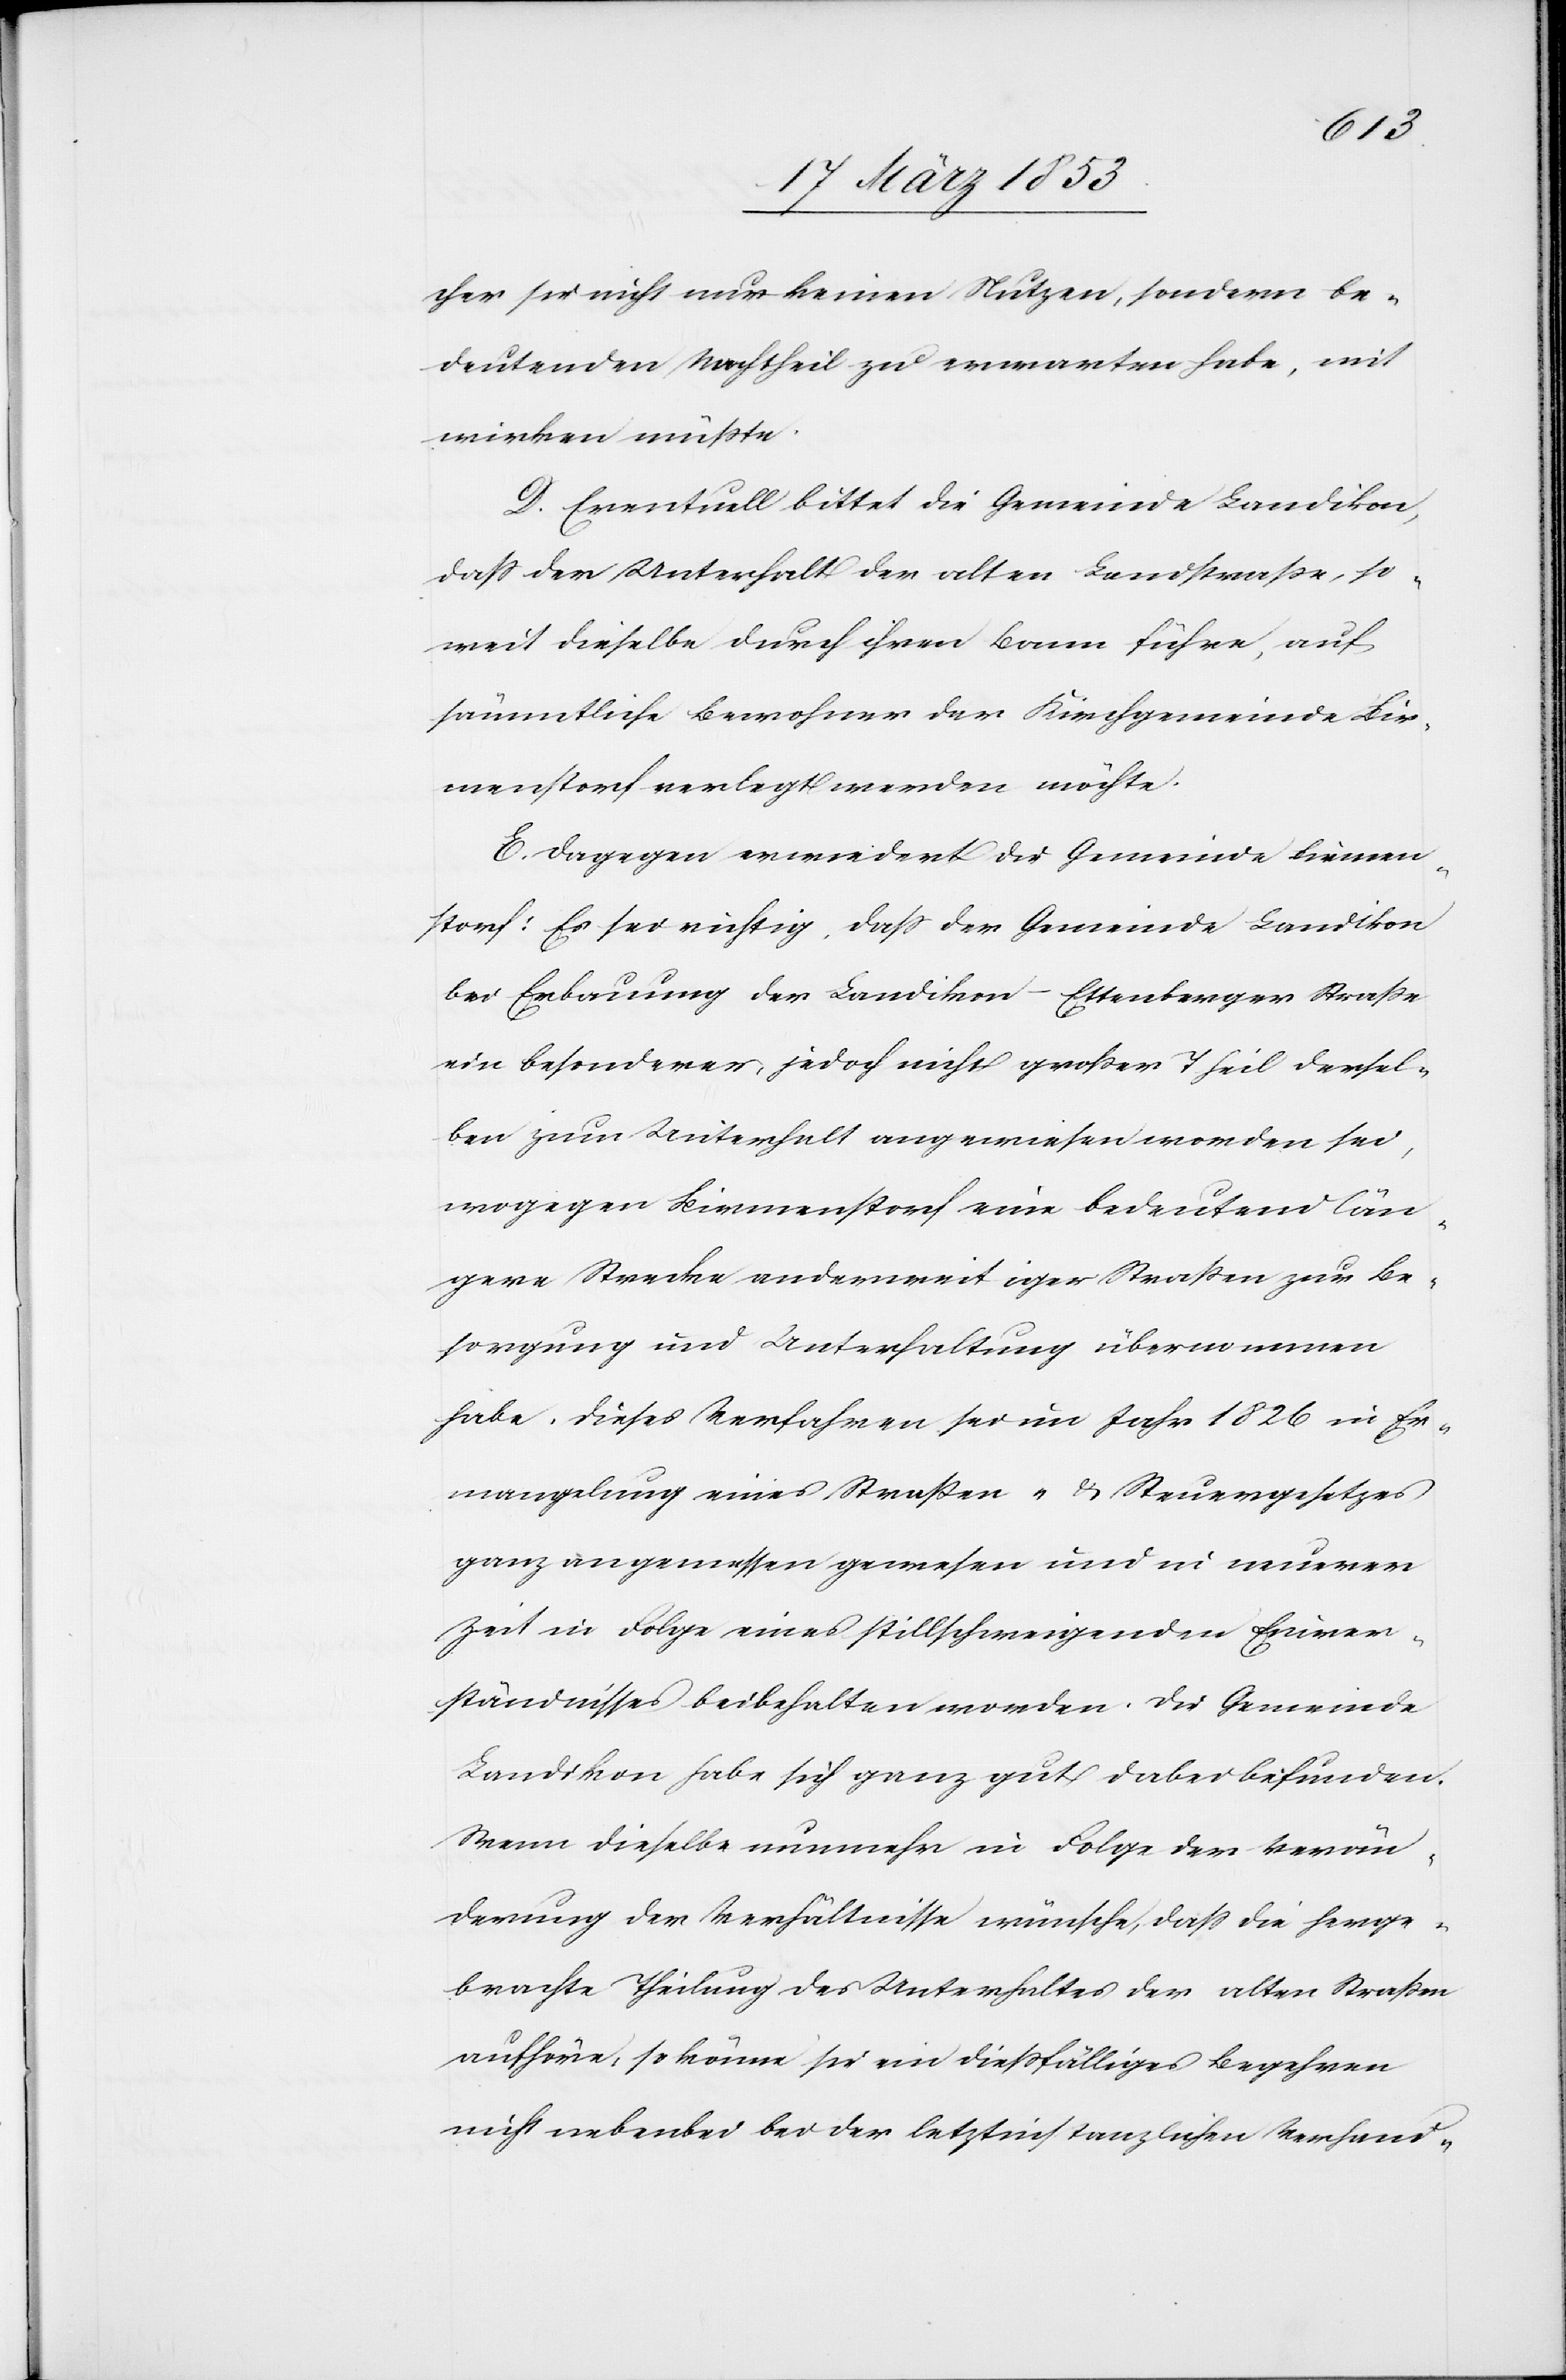
cher sie nicht nur keinen Nutzen, sondern be¬
deutenden Nachtheil zu erwarten habe, mit
wirken müßte.
Eventuell bittet die Gemeinde Landikon,
daß der Unterhalt der alten Landstraße, so¬
weit dieselbe durch ihren Bann führe, auf
sämmtliche Bewohner der Kirchgemeinde Bir¬
menstorf verlegt werden möchte.
Dagegen erwiedert die Gemeinde Birmen¬
storf: Es sei richtig, daß der Gemeinde Landikon
bei Erbauung der Landikon-Ettenberger Straße
ein besonderer, jedoch nicht großer Theil dersel¬
ben zum Unterhalt angewiesen worden sei,
wogegen Birmenstorf eine bedeutend län¬
gere Strecke anderweitiger Straßen zur Be¬
sorgung und Unterhaltung übernommen
habe, dieses Verfahren sei im Jahr 1826 in Er¬
mangelung eines Straßen- u. Steuergesetzes
ganz angemessen gewesen und in neuerer
Zeit in Folge eines stillschweigenden Einver¬
ständnisses beibehalten worden. Die Gemeinde
Landikon habe sich ganz gut dabei befunden.
Wenn dieselbe nunmehr in Folge der Verän¬
derung der Verhältnisse wünsche, daß die hervorge¬
brachte Theilung des Unterhaltes der alten Straßen
aufhöre, so könne sie ein dießfälliges Begehren
nicht nebenbei bei der letztinstanzlichen Verhand-